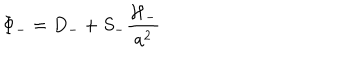
\Phi _ { - } = D _ { - } + S _ { - } \frac { \cal { H } _ { - } } { a ^ { 2 } }